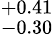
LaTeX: ^{+0.41}_{-0.30}